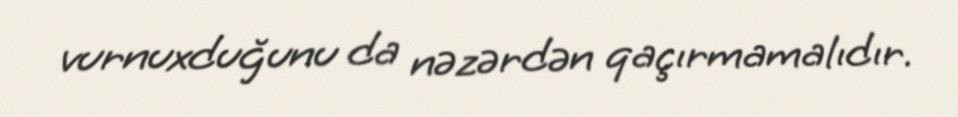
vurnuxduğunu da nəzərdən qaçırmamalıdır.